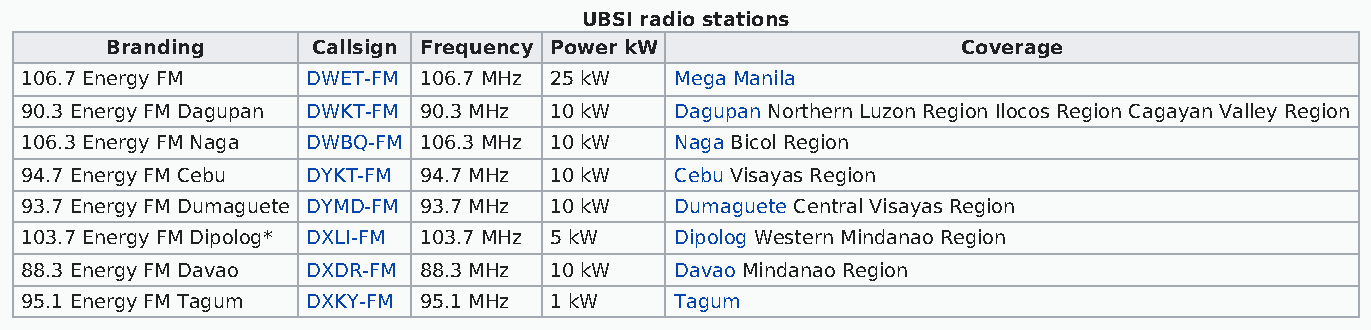
UBSI radio stations
 Branding      Callsign Frequency Power kW                Coverage
 106.7 Energy FM    DWET-FM 106.7 MHz 25 kW  Mega Manila
 90.3 Energy FM Dagupan DWKT-FM 90.3 MHz 10 kW Dagupan Northern Luzon Region Ilocos Region Cagayan Valley Region
 106.3 Energy FM Naga DWBQ-FM 106.3 MHz 10 kW Naga Bicol Region
 94.7 Energy FM Cebu DYKT-FM 94.7 MHz 10 kW  Cebu Visayas Region
 93.7 Energy FM Dumaguete DYMD-FM 93.7 MHz 10 kW Dumaguete Central Visayas Region
 103.7 Energy FM Dipolog* DXLI-FM 103.7 MHz 5 kW Dipolog Western Mindanao Region
 88.3 Energy FM Davao DXDR-FM 88.3 MHz 10 kW Davao Mindanao Region
 95.1 Energy FM Tagum DXKY-FM 95.1 MHz 1 kW  Tagum